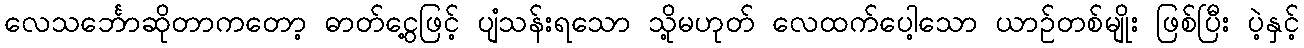
လေသင်္ဘောဆိုတာကတော့ ဓာတ်ငွေ့ဖြင့် ပျံသန်းရသော သို့မဟုတ် လေထက်ပေါ့သော ယာဉ်တစ်မျိုး ဖြစ်ပြီး ပဲ့နှင့်